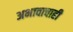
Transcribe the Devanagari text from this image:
अभावाचाही